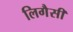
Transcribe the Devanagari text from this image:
लिगैसी